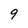
Character: 9